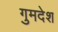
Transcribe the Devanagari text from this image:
गुमदेश